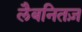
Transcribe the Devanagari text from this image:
लैबनितज़